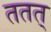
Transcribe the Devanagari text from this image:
ततत्‌